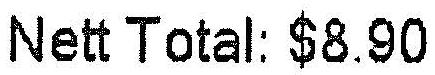
NETT TOTAL: $8.90